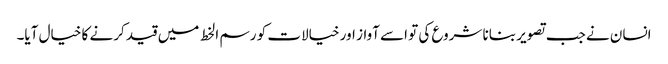
انسان نے جب تصویر بنانا شروع کی تو اسے آواز اور خیالات کو رسم الخط میں قید کرنے کا خیال آیا۔